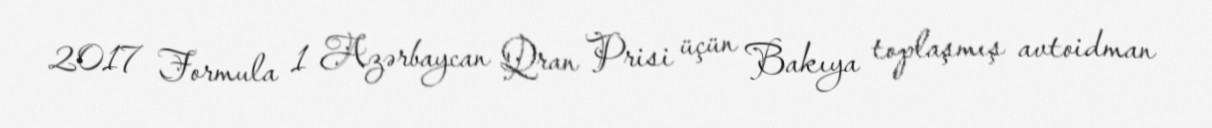
2017 Formula 1 Azərbaycan Qran Prisi üçün Bakıya toplaşmış avtoidman